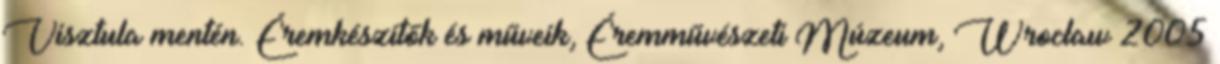
Visztula mentén. Éremkészítők és műveik, Éremművészeti Múzeum, Wrocław 2005